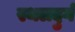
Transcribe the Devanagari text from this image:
स्थलदुर्ग